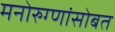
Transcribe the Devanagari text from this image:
मनोरुग्णांसोबत